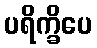
ပရိက္ခိပေ